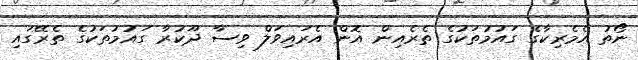
ނޯތު އެމެރިކާގެ ގައުމުތަކުގެ ތެރެއިން އޮން އެރައިވަލް ވިސާ ދޫކުރާ ގައުމުތަކުގެ ތެރޭގައި